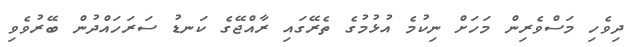
ދިވެހި މަސްވެރިން މަހަށް ނިކުމެ އުޅުމުގެ ތެރޭގައި ރާއްޖޭގެ ކަނޑު ސަރަހައްދުން ބޭރުވެވި